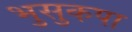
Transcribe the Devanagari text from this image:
भुसुकपा